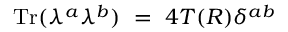
\mathrm { T r } ( \lambda ^ { a } \lambda ^ { b } ) ~ = ~ 4 T ( R ) \delta ^ { a b }